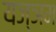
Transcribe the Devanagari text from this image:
यज्ञम